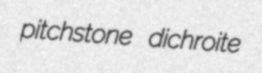
pitchstone dichroite